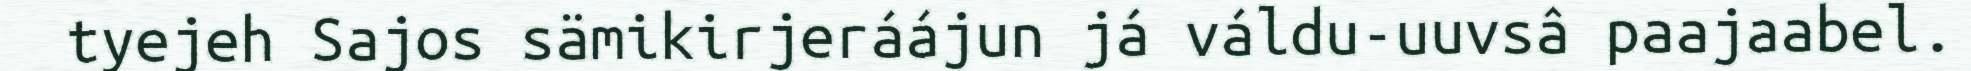
tyejeh Sajos sämikirjeráájun já váldu-uuvsâ paajaabel.